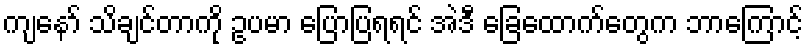
ကျနော် သိချင်တာကို ဥပမာ ပြောပြရရင် အဲဒီ ခြေထောက်တွေက ဘာကြောင့်